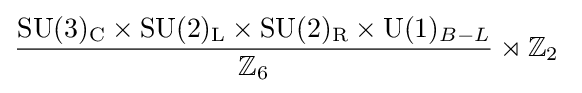
{\frac {\mathrm {SU} (3)_{\text{C}}\times \mathrm {SU} (2)_{\text{L}}\times \mathrm {SU} (2)_{\text{R}}\times \mathrm {U} (1)_{B-L}}{\mathbb {Z} _{6}}}\rtimes \mathbb {Z} _{2}\